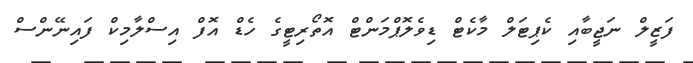
ފަޒީލް ނަޖީބާއި ކެޕިޓަލް މާކެޓް ޑިވެލޮޕްމަންޓް އޮތޯރިޓީގެ ހެޑް އޮފް އިސްލާމިކް ފައިނޭންސް